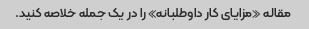
مقاله «مزایای کار داوطلبانه» را در یک جمله خلاصه کنید.